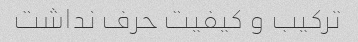
ترکیب و کیفیت حرف نداشت